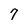
Character: 7